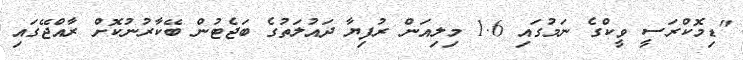
"ޑިމޮކްރަސީ ވީކްގެ ނަމުގައި 1.6 މިލިއަން ރުފިޔާ ދައުލަތުގެ ބަޖެޓުން ބޭކާރުނުކޮށް ރާއްޖޭގައި